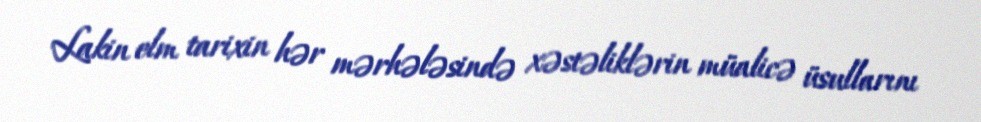
Lakin elm tarixin hər mərhələsində xəstəliklərin müalicə üsullarını